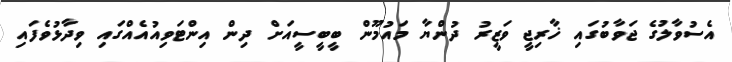
އެސުވާލުގެ ޖަވާބުގައި ޚާރިޖީ ވަޒީރު ދުންޔާ މައުމޫން ބީބީސީއަށް ދިން އިންޓަވިއުއެއްގައި ވިދާޅުވެފައި